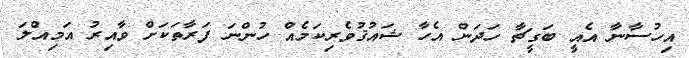
އިހުސާނާ އެއީ ބަގީޗާ ހަދަން އެހާ ޝައުޤުވެރިކަމެއް ހުންނަ ފަރާތަކަށް ވާއިރު އަމިއްލަ